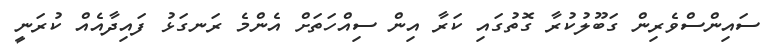
ސައިންސްވެރިން ގަބޫލުކުރާ ގޮތުގައި ކަރާ އިން ސިއްހަތަށް އެންމެ ރަނގަޅު ފައިދާއެއް ކުރަނީ